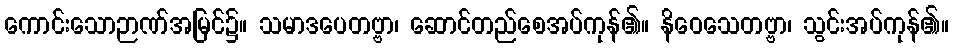
ကောင်းသောဉာဏ်အမြင်၌။ သမာဒပေတဗ္ဗာ၊ ဆောင်တည်စေအပ်ကုန်၏။ နိဝေသေတဗ္ဗာ၊ သွင်းအပ်ကုန်၏။